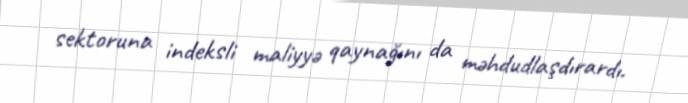
sektoruna indeksli maliyyə qaynağını da məhdudlaşdırardı.